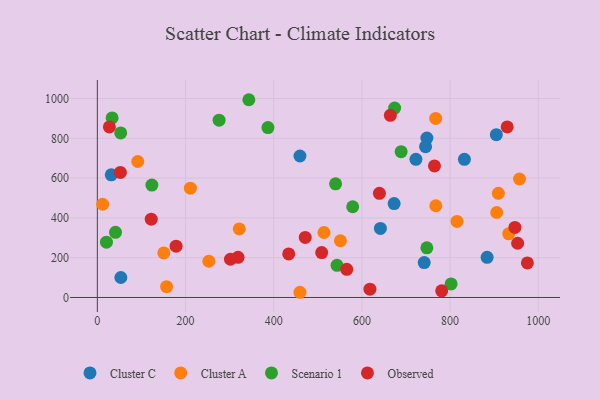
{"axis": {"x": "Investment", "y": "Exam Score"}, "legend": ["Cluster A", "Cluster C", "Observed", "Scenario 1"], "data": [{"x": "904.9", "y": 818.1, "type": "Cluster C"}, {"x": "673.1", "y": 471.8, "type": "Cluster C"}, {"x": "53.3", "y": 100.4, "type": "Cluster C"}, {"x": "884.0", "y": 201.6, "type": "Cluster C"}, {"x": "459.5", "y": 711.0, "type": "Cluster C"}, {"x": "642.0", "y": 347.0, "type": "Cluster C"}, {"x": "31.6", "y": 616.2, "type": "Cluster C"}, {"x": "744.4", "y": 757.7, "type": "Cluster C"}, {"x": "747.4", "y": 801.2, "type": "Cluster C"}, {"x": "741.3", "y": 175.2, "type": "Cluster C"}, {"x": "722.5", "y": 694.2, "type": "Cluster C"}, {"x": "832.5", "y": 694.3, "type": "Cluster C"}, {"x": "905.7", "y": 427.0, "type": "Cluster A"}, {"x": "767.6", "y": 460.9, "type": "Cluster A"}, {"x": "957.5", "y": 595.5, "type": "Cluster A"}, {"x": "150.7", "y": 224.1, "type": "Cluster A"}, {"x": "767.3", "y": 899.9, "type": "Cluster A"}, {"x": "157.0", "y": 54.3, "type": "Cluster A"}, {"x": "211.0", "y": 549.2, "type": "Cluster A"}, {"x": "815.7", "y": 382.1, "type": "Cluster A"}, {"x": "909.5", "y": 523.3, "type": "Cluster A"}, {"x": "551.3", "y": 285.1, "type": "Cluster A"}, {"x": "459.5", "y": 26.1, "type": "Cluster A"}, {"x": "252.8", "y": 182.0, "type": "Cluster A"}, {"x": "12.0", "y": 468.5, "type": "Cluster A"}, {"x": "321.9", "y": 344.6, "type": "Cluster A"}, {"x": "514.0", "y": 326.6, "type": "Cluster A"}, {"x": "932.9", "y": 319.8, "type": "Cluster A"}, {"x": "91.6", "y": 683.3, "type": "Cluster A"}, {"x": "343.6", "y": 993.9, "type": "Scenario 1"}, {"x": "20.7", "y": 277.9, "type": "Scenario 1"}, {"x": "689.0", "y": 733.0, "type": "Scenario 1"}, {"x": "33.5", "y": 902.5, "type": "Scenario 1"}, {"x": "747.3", "y": 249.5, "type": "Scenario 1"}, {"x": "123.7", "y": 565.0, "type": "Scenario 1"}, {"x": "674.3", "y": 951.8, "type": "Scenario 1"}, {"x": "540.3", "y": 571.1, "type": "Scenario 1"}, {"x": "543.6", "y": 161.6, "type": "Scenario 1"}, {"x": "276.1", "y": 891.0, "type": "Scenario 1"}, {"x": "579.1", "y": 455.9, "type": "Scenario 1"}, {"x": "53.0", "y": 827.2, "type": "Scenario 1"}, {"x": "41.2", "y": 327.2, "type": "Scenario 1"}, {"x": "386.9", "y": 853.7, "type": "Scenario 1"}, {"x": "802.3", "y": 68.0, "type": "Scenario 1"}, {"x": "618.2", "y": 41.7, "type": "Observed"}, {"x": "764.6", "y": 661.4, "type": "Observed"}, {"x": "953.2", "y": 272.5, "type": "Observed"}, {"x": "319.1", "y": 201.7, "type": "Observed"}, {"x": "565.6", "y": 141.7, "type": "Observed"}, {"x": "27.3", "y": 857.2, "type": "Observed"}, {"x": "639.7", "y": 523.5, "type": "Observed"}, {"x": "122.2", "y": 393.5, "type": "Observed"}, {"x": "508.8", "y": 225.4, "type": "Observed"}, {"x": "947.0", "y": 351.9, "type": "Observed"}, {"x": "664.5", "y": 915.4, "type": "Observed"}, {"x": "471.5", "y": 301.6, "type": "Observed"}, {"x": "301.8", "y": 192.0, "type": "Observed"}, {"x": "434.0", "y": 218.7, "type": "Observed"}, {"x": "975.3", "y": 173.5, "type": "Observed"}, {"x": "52.2", "y": 628.5, "type": "Observed"}, {"x": "178.6", "y": 257.7, "type": "Observed"}, {"x": "929.5", "y": 857.1, "type": "Observed"}, {"x": "781.0", "y": 33.2, "type": "Observed"}]}